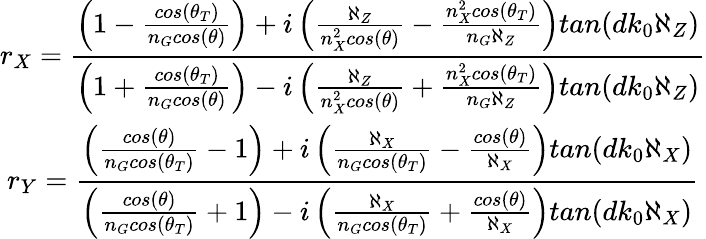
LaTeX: \begin{array}{ccl}{\displaystyle r_{X}=\frac{\left(1-\frac{cos(\theta_{T})}{n_{G}cos(\theta)}\right)+i\left(\frac{\aleph_{Z}}{n_{X}^{2}cos(\theta)}-\frac{n_{X}^{2}cos(\theta_{T})}{n_{G}\aleph_{Z}}\right)tan(dk_{0}\aleph_{Z})}{\left(1+\frac{cos(\theta_{T})}{n_{G}cos(\theta)}\right)-i\left(\frac{\aleph_{Z}}{n_{X}^{2}cos(\theta)}+\frac{n_{X}^{2}cos(\theta_{T})}{n_{G}\aleph_{Z}}\right)tan(dk_{0}\aleph_{Z})}}\\ {\displaystyle r_{Y}=\frac{\left(\frac{cos(\theta)}{n_{G}cos(\theta_{T})}-1\right)+i\left(\frac{\aleph_{X}}{n_{G}cos(\theta_{T})}-\frac{cos(\theta)}{\aleph_{X}}\right)tan(dk_{0}\aleph_{X})}{\left(\frac{cos(\theta)}{n_{G}cos(\theta_{T})}+1\right)-i\left(\frac{\aleph_{X}}{n_{G}cos(\theta_{T})}+\frac{cos(\theta)}{\aleph_{X}}\right)tan(dk_{0}\aleph_{X})}}\end{array}